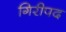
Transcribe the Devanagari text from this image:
गिरीपद